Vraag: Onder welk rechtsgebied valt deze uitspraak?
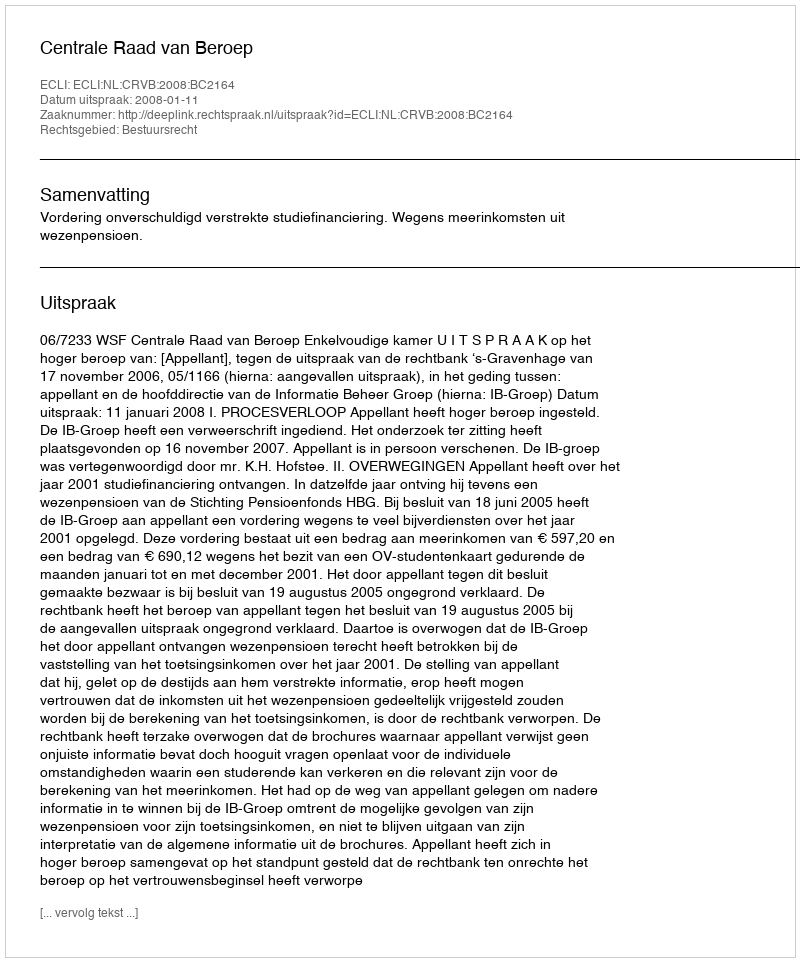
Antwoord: Bestuursrecht